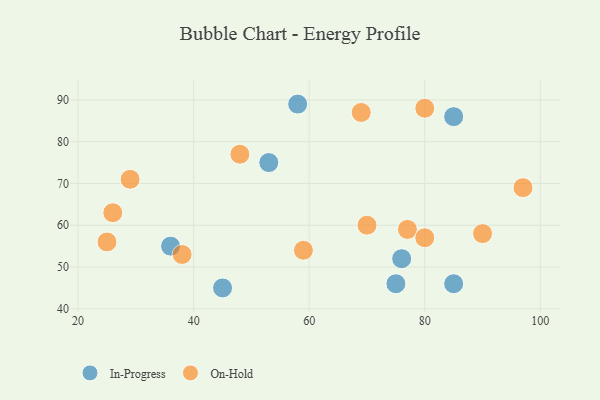
{"axis": {"x": "GDP", "y": "Life Expectancy"}, "legend": ["In-Progress", "On-Hold"], "data": [{"x": "45", "y": 45, "type": "In-Progress"}, {"x": "53", "y": 75, "type": "In-Progress"}, {"x": "85", "y": 46, "type": "In-Progress"}, {"x": "36", "y": 55, "type": "In-Progress"}, {"x": "76", "y": 52, "type": "In-Progress"}, {"x": "58", "y": 89, "type": "In-Progress"}, {"x": "85", "y": 86, "type": "In-Progress"}, {"x": "75", "y": 46, "type": "In-Progress"}, {"x": "69", "y": 87, "type": "On-Hold"}, {"x": "70", "y": 60, "type": "On-Hold"}, {"x": "77", "y": 59, "type": "On-Hold"}, {"x": "90", "y": 58, "type": "On-Hold"}, {"x": "80", "y": 57, "type": "On-Hold"}, {"x": "29", "y": 71, "type": "On-Hold"}, {"x": "25", "y": 56, "type": "On-Hold"}, {"x": "38", "y": 53, "type": "On-Hold"}, {"x": "59", "y": 54, "type": "On-Hold"}, {"x": "80", "y": 88, "type": "On-Hold"}, {"x": "97", "y": 69, "type": "On-Hold"}, {"x": "26", "y": 63, "type": "On-Hold"}, {"x": "48", "y": 77, "type": "On-Hold"}]}